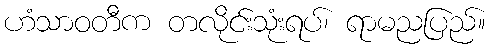
ဟံသာဝတီက တလိုင်းသုံးရပ်၊ ရာမညပြည်။